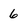
Character: 6